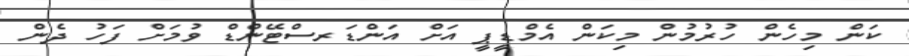
ކަން މިހެން ހުރުމުން މިކަން އެމްޑީޕީ އަށް އަންޑަރސްޓޭންޑް ވުމަށް ފަހު ދެން